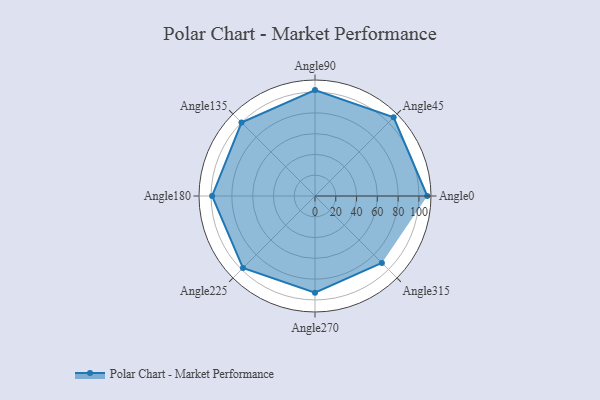
{"axis": {"x": "Angle", "y": "Radius"}, "legend": [""], "data": [{"x": "Angle0", "y": 108.0, "type": ""}, {"x": "Angle45", "y": 107.0, "type": ""}, {"x": "Angle90", "y": 102.0, "type": ""}, {"x": "Angle135", "y": 100.0, "type": ""}, {"x": "Angle180", "y": 99.0, "type": ""}, {"x": "Angle225", "y": 98.0, "type": ""}, {"x": "Angle270", "y": 93.0, "type": ""}, {"x": "Angle315", "y": 91.0, "type": ""}]}